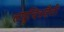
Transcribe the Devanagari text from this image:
लघुचित्रशैली